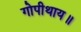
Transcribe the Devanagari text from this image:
गोपीथाय॥